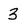
Character: 3